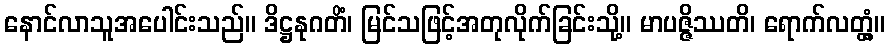
နောင်လာသူအပေါင်းသည်။ ဒိဋ္ဌနုဂတိံ၊ မြင်သဖြင့်အတုလိုက်ခြင်းသို့။ မာပဇ္ဇိဿတိ၊ ရောက်လတ္တံ့။